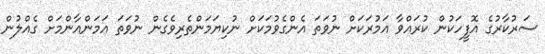
ސަރުކާރުގެ އޮފީހަކުން ކުރައްވާ އަމުރަކަށް ނުވަތަ އެންގެވުމަކަށް ނުކިޔަމަންތެރިވެގެން ނުވަތަ އަމަންއާންމަށް ގެއްލުން